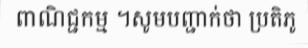
ពាណិជ្ជកម្ម ។សូមបញ្ជាក់ថា ប្រតិភូ